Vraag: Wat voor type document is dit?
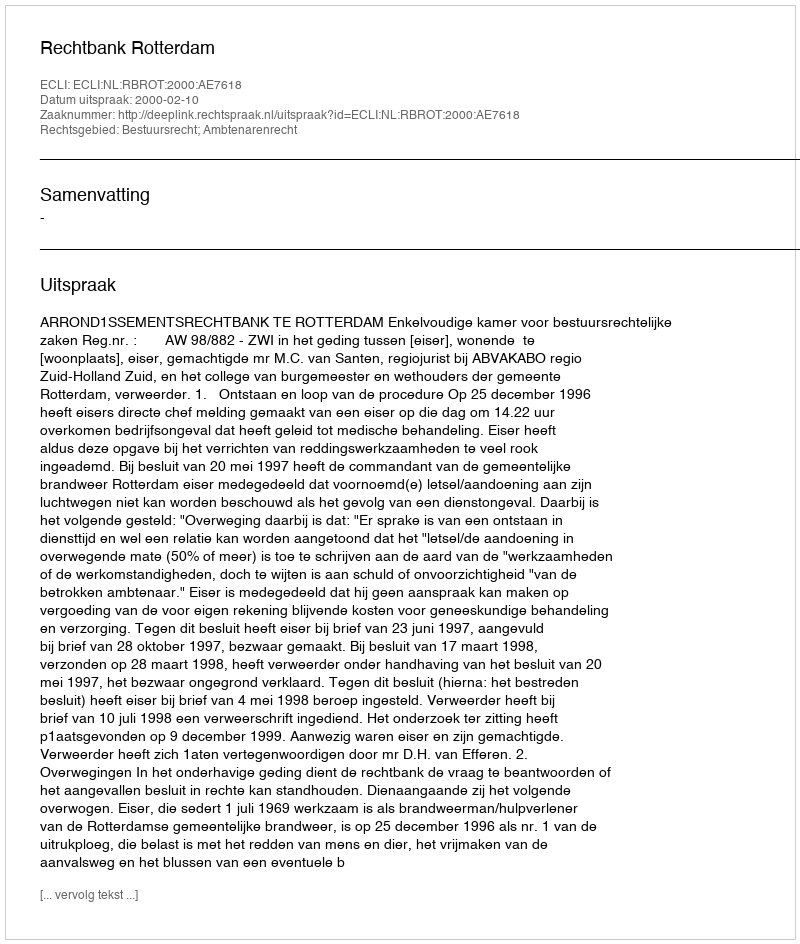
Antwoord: Uitspraak